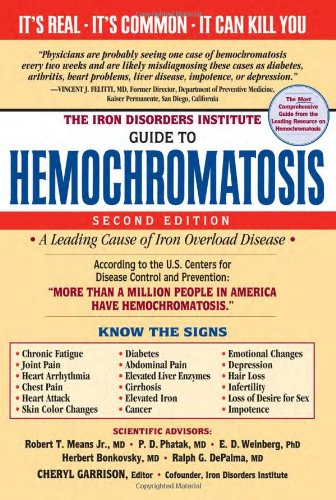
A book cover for The Iron Disorders Institute Guide to Hemochromatosis; Cheryl Garrison; Health, Fitness & Dieting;